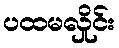
ပထမလှိုင်း